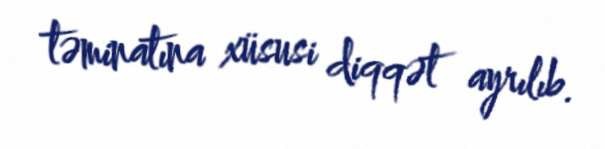
təminatına xüsusi diqqət ayrılıb.